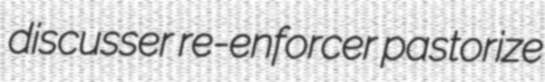
discusser re-enforcer pastorize